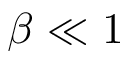
\beta \ll 1